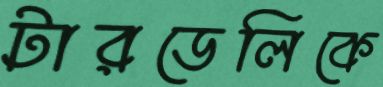
টারডেলিকে